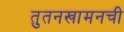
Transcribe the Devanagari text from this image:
तुतनखामनची